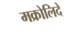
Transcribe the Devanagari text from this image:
मक्रोलिदे